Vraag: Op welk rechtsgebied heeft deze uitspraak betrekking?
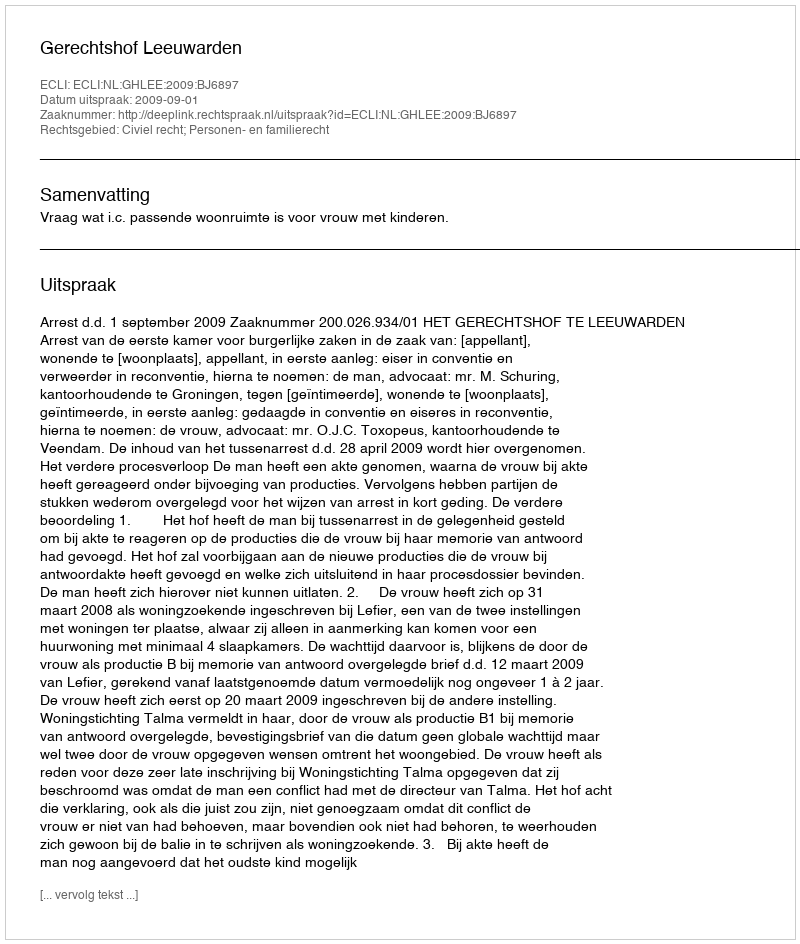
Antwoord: Civiel recht; Personen- en familierecht